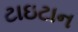
ટાઇટાન